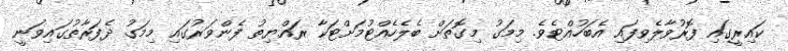
ކައިރީގައި ފޮރުވާލެވިފައި އެބަހުއްޓެވެ. މިމަގު މިގޮތަށް ބެލެހެއްޓުމަށްޓަކާ ރައްޔިތު ފެންވަރުގައި މިމަގު ދެފަރާތުގައިވަނީ